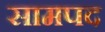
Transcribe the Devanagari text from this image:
सामपद